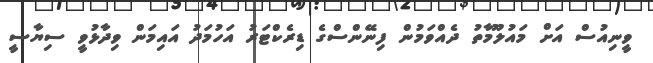
ވީނިއުސް އަށް މައުލޫމާތު ދެއްވަމުން ފިނޭންސްގެ ޑިރެކްޓަރު އަހުމަދު އައިމަން ވިދާޅުވީ ސިޔާސީ